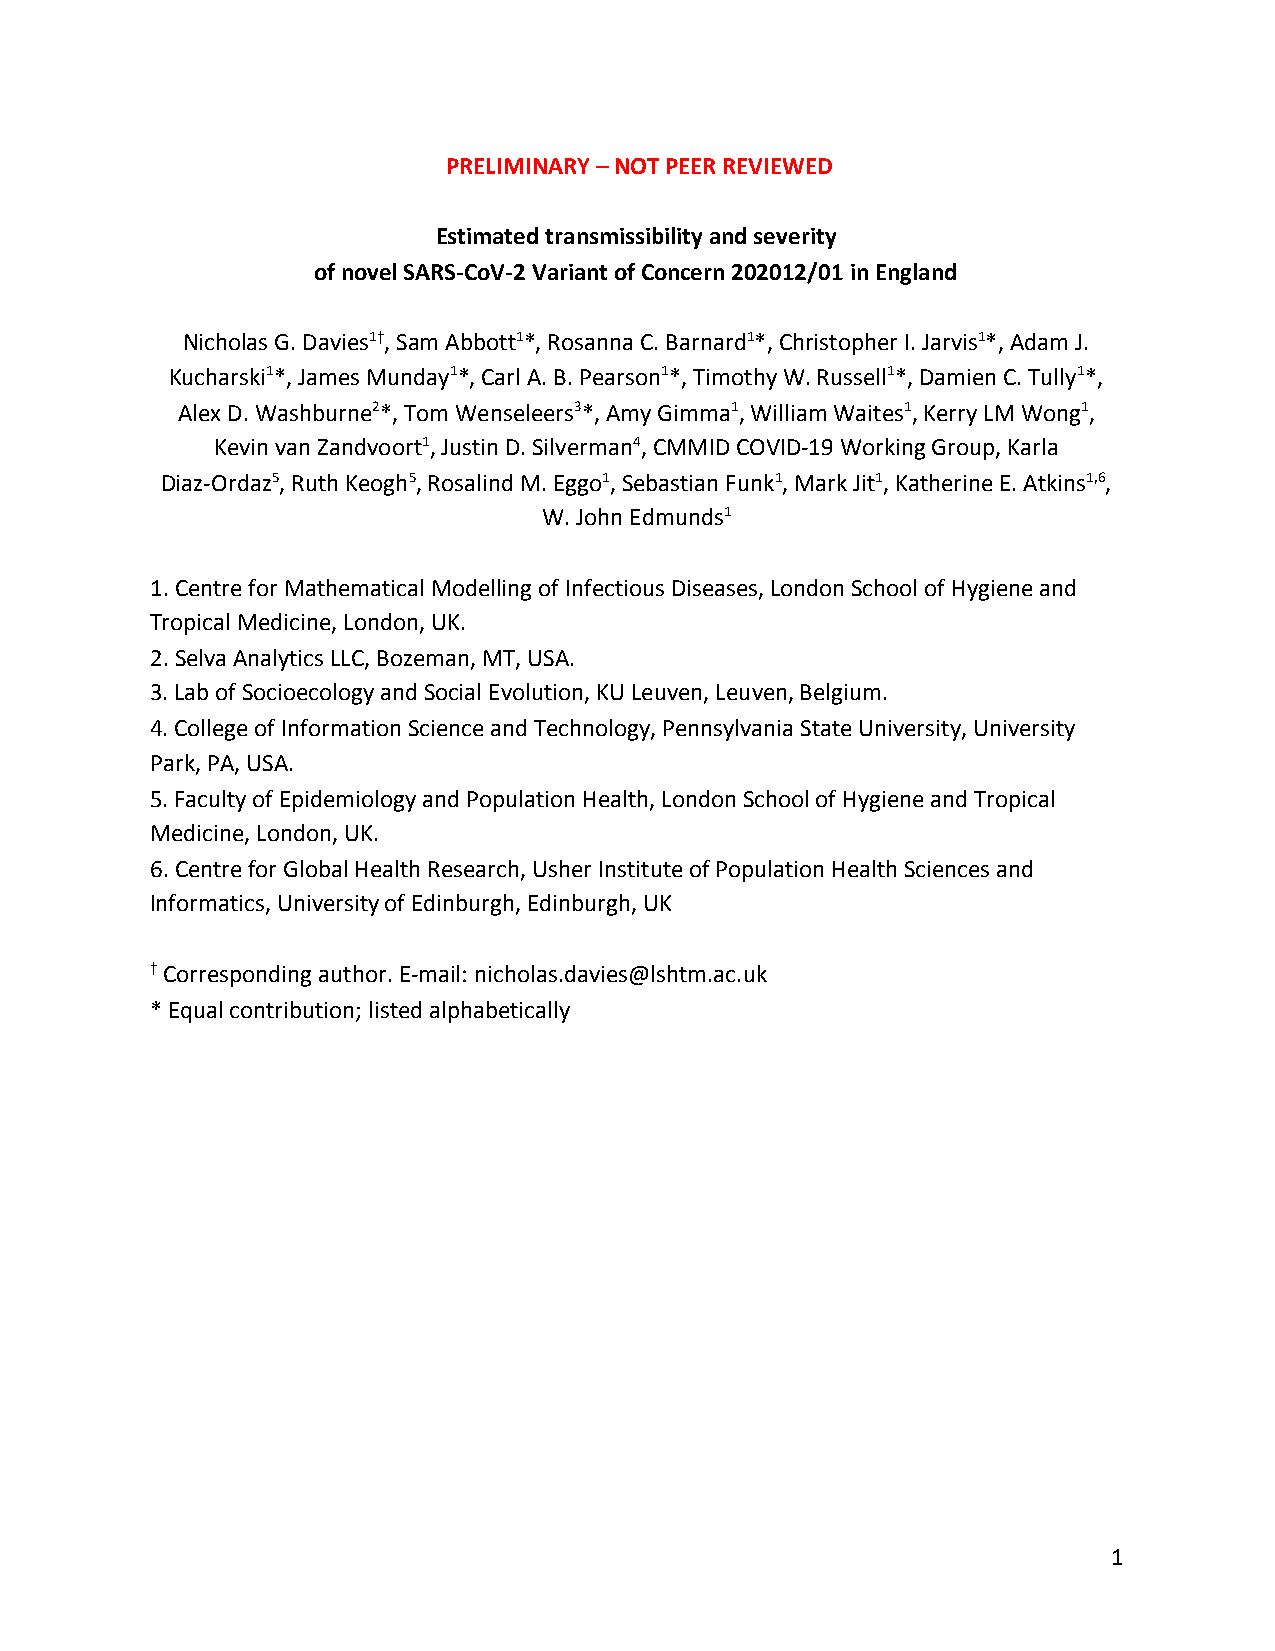
PRELIMINARY – NOT PEER REVIEWED
 Estimated transmissibility and severity
 of novel SARS-CoV-2 Variant of Concern 202012/01 in England
 Nicholas G. Davies1 , Sam Abbott1*, Rosanna C. Barnard1*, Christopher I. Jarvis1*, Adam J.
 †​        ​              ​              ​
 ​         ​              ​               ​
 Kucharski1*, James Munday1*, Carl A. B. Pearson1*, Timothy W. Russell1*, Damien C. Tully1*,
 ​           ​             ​              ​            ​
 ​           ​             ​              ​           ​
 Alex D. Washburne2*, Tom Wenseleers3*, Amy Gimma1, William Waites1, Kerry LM Wong1,
 ​             ​         ​          ​           ​
 ​            ​         ​           ​           ​
 Kevin van Zandvoort1, Justin D. Silverman4, CMMID COVID-19 Working Group, Karla
 ​             ​
 ​             ​
 Diaz-Ordaz5, Ruth Keogh5, Rosalind M. Eggo1, Sebastian Funk1, Mark Jit1, Katherine E. Atkins1,6,
 ​         ​           ​           ​     ​              ​
 ​        ​            ​          ​      ​             ​
 W. John Edmunds1
 ​
 1. Centre for Mathematical Modelling of Infectious Diseases, London School of Hygiene and
 Tropical Medicine, London, UK.
 2. Selva Analytics LLC, Bozeman, MT, USA.
 3. Lab of Socioecology and Social Evolution, KU Leuven, Leuven, Belgium.
 4. College of Information Science and Technology, Pennsylvania State University, University
 Park, PA, USA.
 5. Faculty of Epidemiology and Population Health, London School of Hygiene and Tropical
 Medicine, London, UK.
 6. Centre for Global Health Research, Usher Institute of Population Health Sciences and
 ​
 Informatics, University of Edinburgh, Edinburgh, UK
 Corresponding author. E-mail: nicholas.davies@lshtm.ac.uk
 †​
 * Equal contribution; listed alphabetically
 1